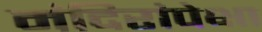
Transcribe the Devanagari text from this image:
मंदिरांपेक्षा